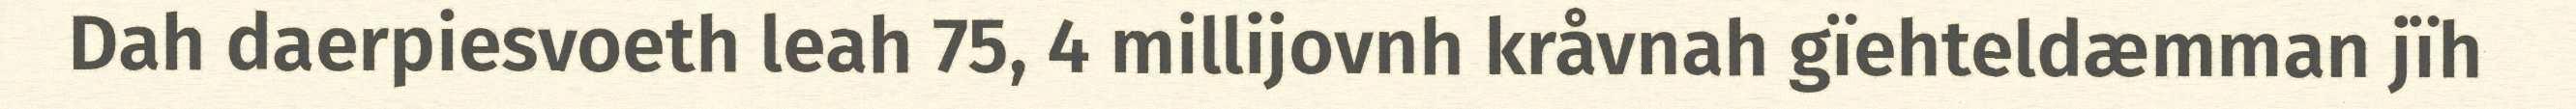
Dah daerpiesvoeth leah 75, 4 millijovnh kråvnah gïehteldæmman jïh